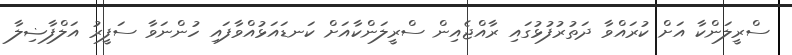
ސްރީލަންކާ އަށް ކުރައްވާ ދަތުރުފުޅުގައި ރާއްޖެއިން ސްރީލަންކާއަށް ކަނޑައަޅުއްވާފައި ހުންނަވާ ސަފީރު އަލްފާޟިލާ